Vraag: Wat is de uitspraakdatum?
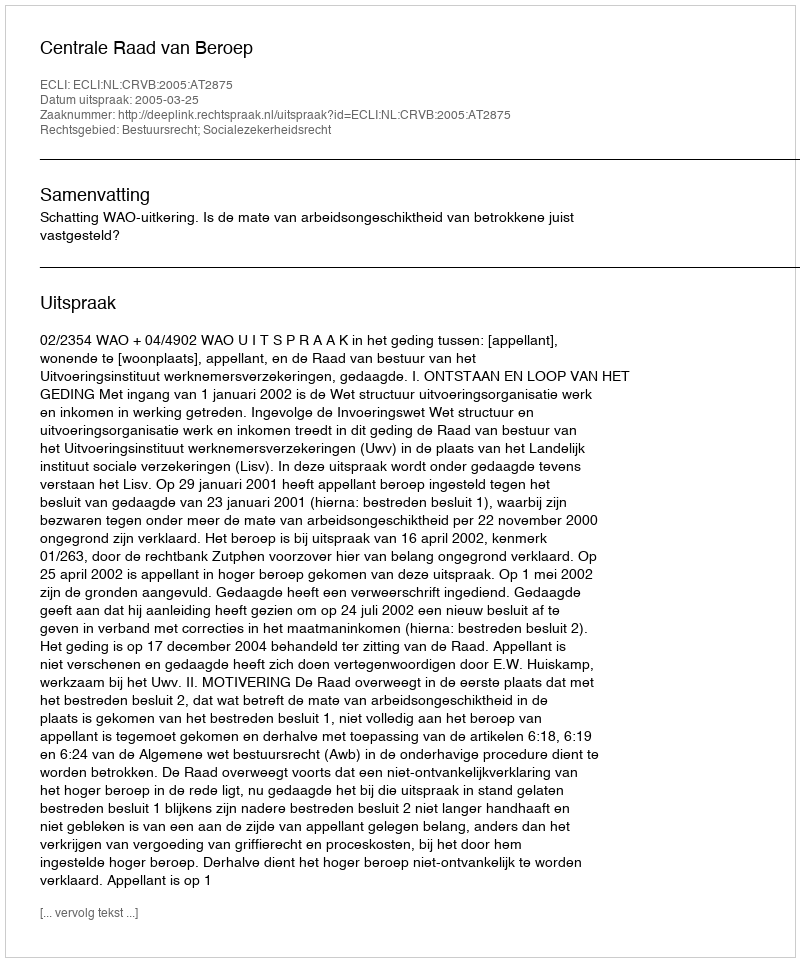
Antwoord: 2005-03-25